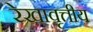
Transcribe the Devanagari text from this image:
रेखावृत्तीय